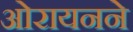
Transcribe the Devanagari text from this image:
ओरायनने